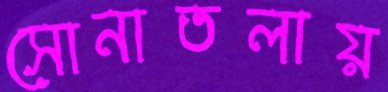
সোনাতলায়